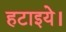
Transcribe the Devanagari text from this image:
हटाइये।